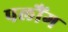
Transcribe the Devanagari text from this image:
पलौंग